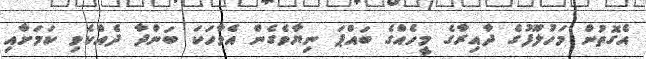
އެގޮތުން މަހުލޫފުގެ ދާއިރާގެ މީހެއްގެ ބައްޕަ ނިޔާވެގެން އެވާހަކަ ބަންދާ ދެއްކެވި ކަމަށާއި